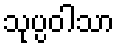
သုပ္ပဝါသာ